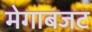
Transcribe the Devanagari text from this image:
मेगाबजट